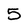
Character: 5